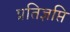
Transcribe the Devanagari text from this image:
प्रतिज्ञप्ति